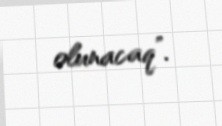
olunacaq”.